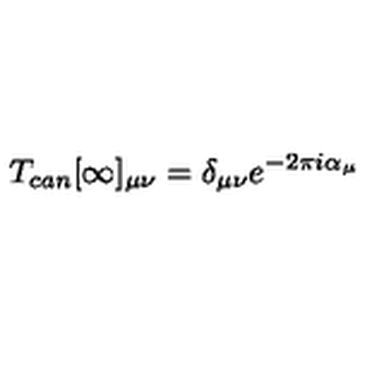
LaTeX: T _ { c a n } [ \infty ] _ { \mu \nu } = \delta _ { \mu \nu } e ^ { - 2 \pi i \alpha _ { \mu } }